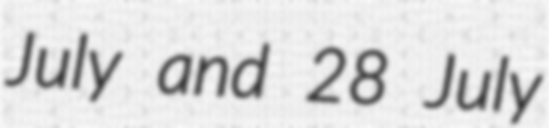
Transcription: July and 28 July